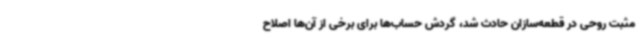
مثبت روحی در قطعه‌سازان حادث شد، گردش حساب‌ها برای برخی از آن‌ها اصلاح